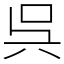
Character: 呉